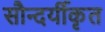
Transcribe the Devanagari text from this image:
सौन्दर्यीकृत